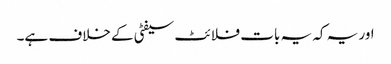
اور یہ کہ یہ بات فلائٹ سیفٹی کے خلاف ہے۔